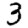
Digit: 3